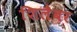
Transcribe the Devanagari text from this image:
शिलैबर